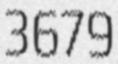
3679